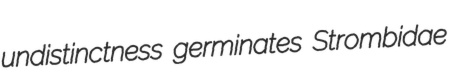
undistinctness germinates Strombidae